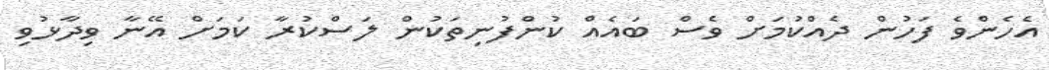
އެހެންވެ ފަހުން ދެއްކުމަށް ވެސް ބައެއް ކުންފުނިތަކުން ލަސްކުރާ ކަމަށް އޭނާ ވިދާޅުވި